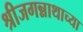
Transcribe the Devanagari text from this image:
श्रीजगन्नाथाच्या